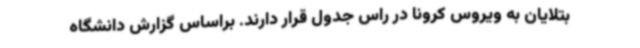
بتلایان به ویروس کرونا در راس جدول قرار دارند. براساس گزارش دانشگاه